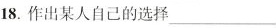
18.作出某人自己的选择___